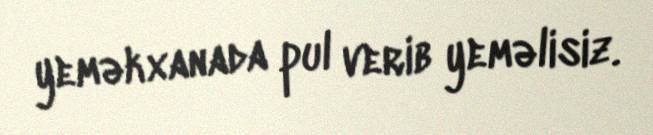
yeməkxanada pul verib yeməlisiz.